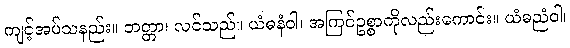
ကျင့်အပ်သနည်း။ ဘတ္တာ၊ လင်သည်။ ယံဓနံဝါ၊ အကြင်ဥစ္စာကိုလည်းကောင်း။ ယံဓညံဝါ၊